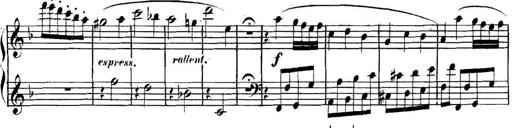
Title: Collected Piano Sonatas
Composer: Muzio Clementi